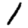
Digit: 1